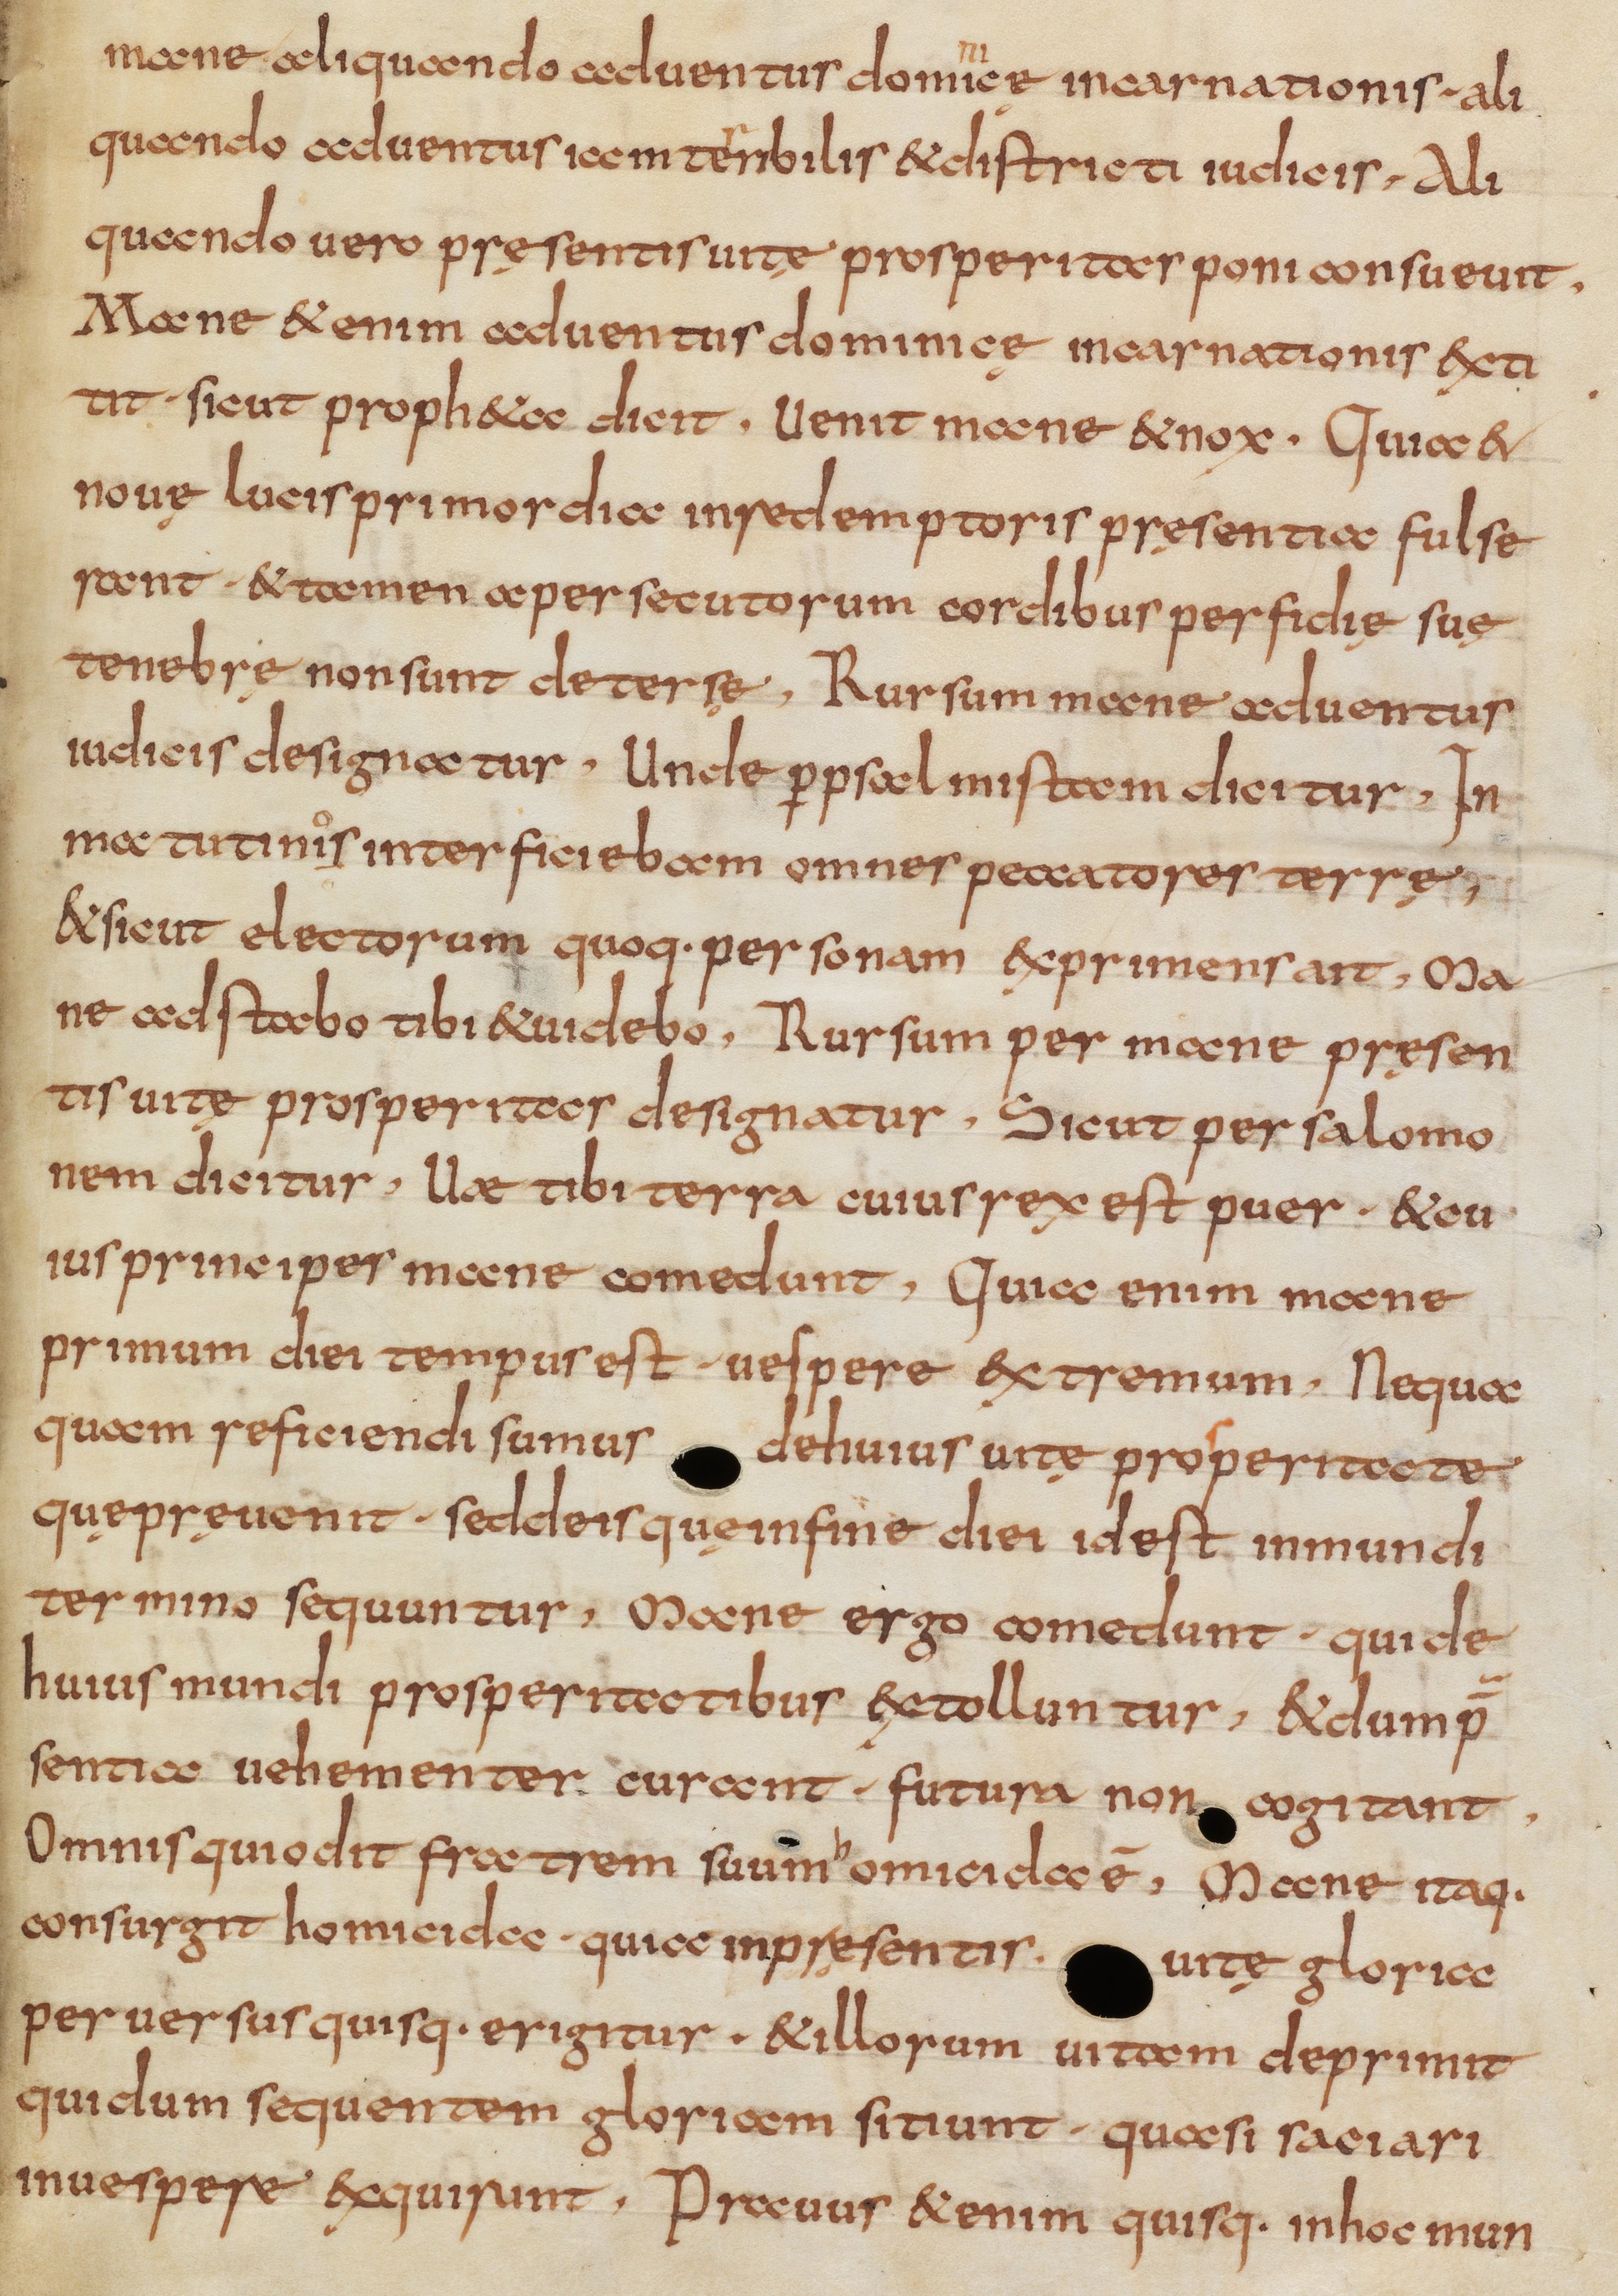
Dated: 800–832